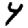
Digit: 4